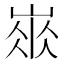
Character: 𡺛